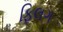
ફિલગ